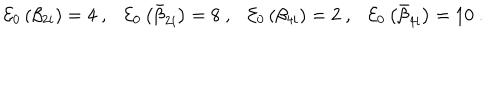
LaTeX: { \cal E } _ { 0 } \left( \beta _ { 2 i } \right) = 4 ~ , { \cal E } _ { 0 } \left( \bar { \beta } _ { 2 i } \right) = 8 ~ , { \cal E } _ { 0 } \left( \beta _ { 4 i } \right) = 2 ~ , { \cal E } _ { 0 } \left( \bar { \beta } _ { 4 i } \right) = 1 0 ~ .